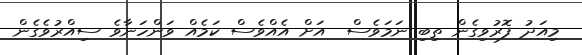
މިއަދު ފޮރުވިގެން ތިބި ނަމަވެސް  އަށް އެއްވެސް ކަމެއް ވަންހަނާވެ ސިއްރުވެގެން